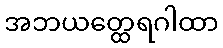
အဘယတ္ထေရဂါထာ